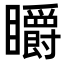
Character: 䂃